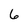
Character: 6